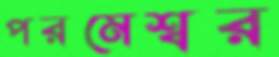
পরমেশ্বর